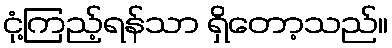
ငုံ့ကြည့်ရန်သာ ရှိတော့သည်။